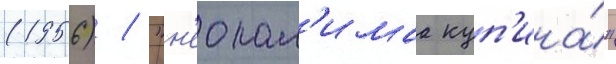
(1956) / "н'еопал'имаа куп'ина́"